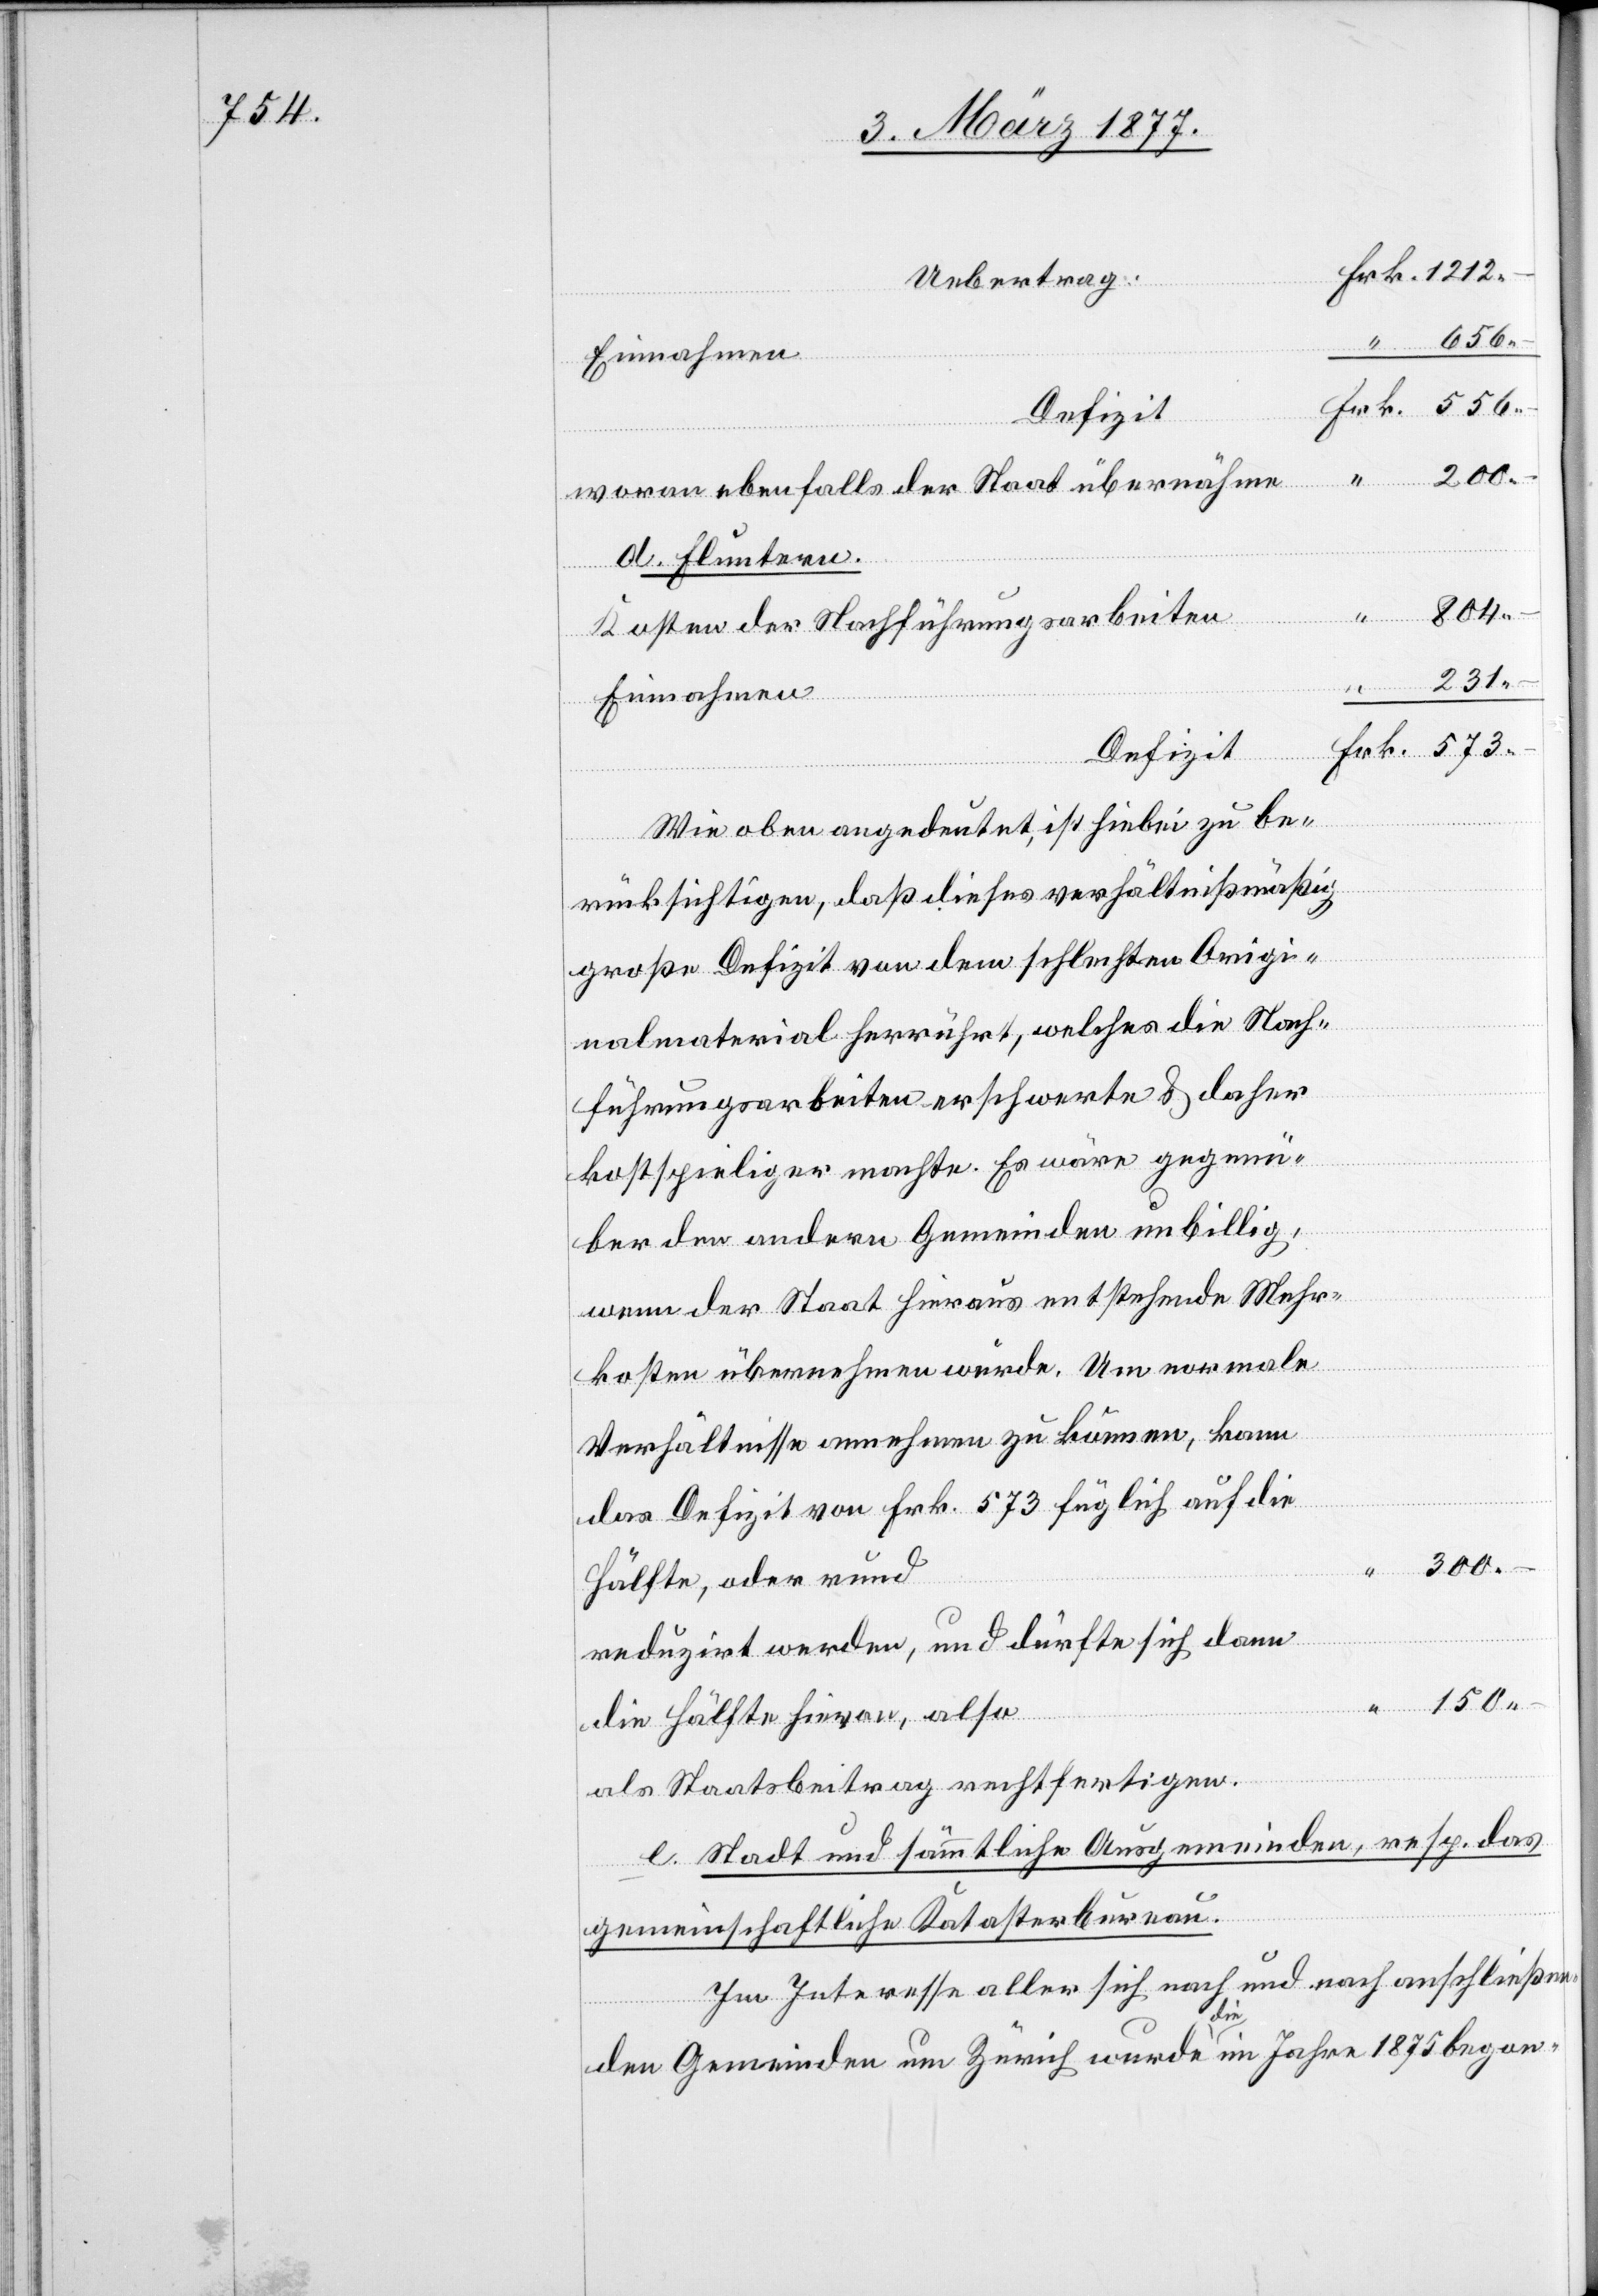
Uebertrag
“
150.
–
Einnahmen
wovon ebenfalls der Staat übernähme
d. Fluntern.
804.
Kosten der Nachführungsarbeiten
231.
rund
300. –
Defizit
Wie oben angedeutet, ist hiebei zu be¬
rücksichtigen, daß dieses verhältnißmäßig
große Defizit von dem schlechten Origi¬
nalmaterial herrührt, welches die Nach¬
führungsarbeiten erschwerte & daher
kostspieliger machte. Es wäre gegenü¬
ber den andern Gemeinden unbillig,
wenn der Staat hieraus entstehende Mehr¬
kosten übernehmen würde. Um normale
Verhältnisse annehmen zu können, kann
das Defizit von Frk. 573 füglich auf die
reduzirt werden, und dürfte sich dann
die Hälfte hievon, also
als Staatsbeitrag rechtfertigen.
e. Stadt und sämmtliche Ausgemeinden, resp. das
gemeinschaftliche Katasterbureau.
Im Interesse aller sich nach und nach anschließen¬
oder
den Gemeinden um Zürich wurde die im Jahre 1875 begon-